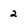
Character: 2